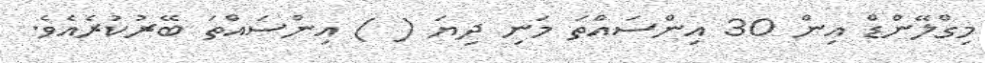
މިގްލޭންޑް އިން 30 އިންސައްތަ މަނި ދިޔަ ( ) އިންސައްތަ ބޭރުކުރެއެވެ.